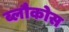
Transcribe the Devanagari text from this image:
ब्लौकोस